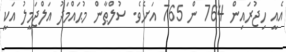
އެއީ ހިޖުރައިން 764 ން 765 އަށެވެ. ސުލްޠާން މުޙައްމަދު އަލްޖަމީލު އަކީ